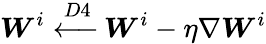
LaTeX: \boldsymbol{W}^{i}\xleftarrow{D4}\boldsymbol{W}^{i}-\eta\nabla\boldsymbol{W}^{i}